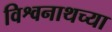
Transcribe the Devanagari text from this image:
विश्वनाथच्या